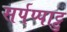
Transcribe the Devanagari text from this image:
सर्पप्पाट्टु